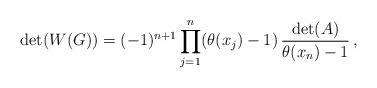
LaTeX: \begin{align*}\mbox{det}(W(G))= (-1)^{n+1}\prod\limits_{j=1}^{n}(\theta(x_j)-1) \, \frac{\mbox{det}(A)}{\theta(x_n)-1}\,,\end{align*}